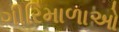
ગીરિમાળાઓ